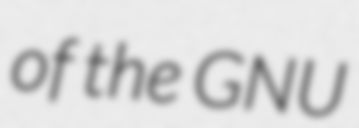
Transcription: of the GNU